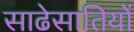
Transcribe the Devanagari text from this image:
साढेसातियों